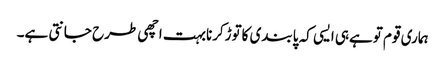
ہماری قوم توہےہی ایسی کہ پابندی کاتوڑکرنابہت اچھی طرح جانتی ہے۔